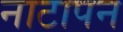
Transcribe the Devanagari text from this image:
नाटापन